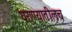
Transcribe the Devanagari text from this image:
घराण्यातीलच